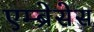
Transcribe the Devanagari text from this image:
एम्ब्रेसेस